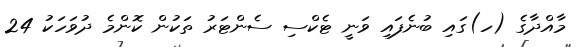
މާއްދާގެ (ހ)ގައި ބުނެފައި ވަނީ ޓެކްސި ސެންޓަރު ތަކުން ކޮންމެ ދުވަހަކު 24